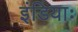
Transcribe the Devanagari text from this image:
इंडियाः